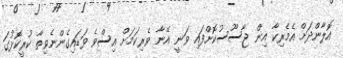
އޮލާންދަށް އެމެރިކާ އިން ޖާސޫސުކޮށްފައި ވަނީ އޭނާ ވެރިކަމަށް އިސްވެ ވަޑައިގެންނެވިތާ ކުރީކޮޅުގަ